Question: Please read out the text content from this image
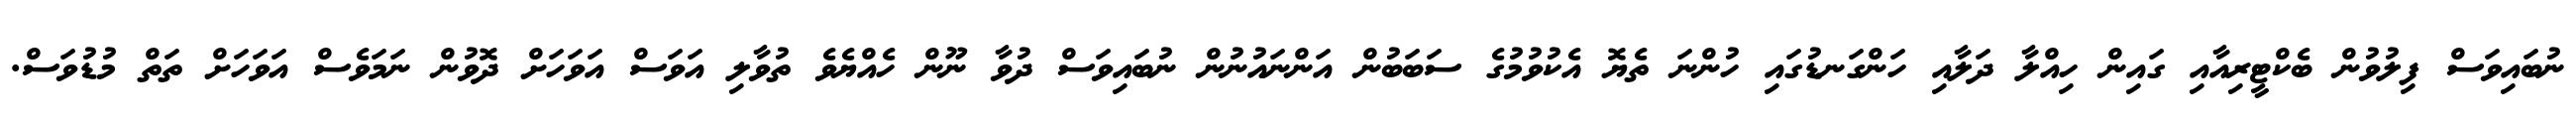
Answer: ނުބައިވަސް ފިލުވުން ބެކްޓީރިއާއި ގައިން ހިއްލާ ދަލާއި ހަންގަނޑުގައި ހުންނަ ތެޔޮ އެކުވުމުގެ ސަބަބުން އަންނައުނުން ނުބައިވަސް ދުވާ ނޫން ހެއްޔެވެ ތުވާލި އަވަސް އަވަހަށް ދޮވުން ނަމަވެސް އަވަހަށް ތަތް މުޑުވަސް.